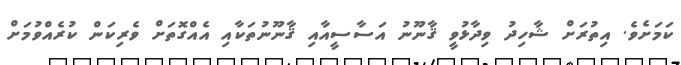
ކަމަށެވެ. އިތުރަށް ޝާހިދު ވިދާޅުވީ ޤާނޫނު އަސާސީއާއި ޤާނޫނުތަކާއި އެއްގޮތަށް ވެރިކަން ކުރެއްވުމަށް